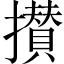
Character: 攅